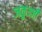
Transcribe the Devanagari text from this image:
जकूज्जी